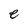
Character: e